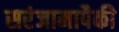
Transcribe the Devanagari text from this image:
सरंजामापैकी